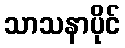
သာသနာပိုင်